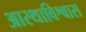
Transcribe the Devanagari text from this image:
आस्थाविश्वास